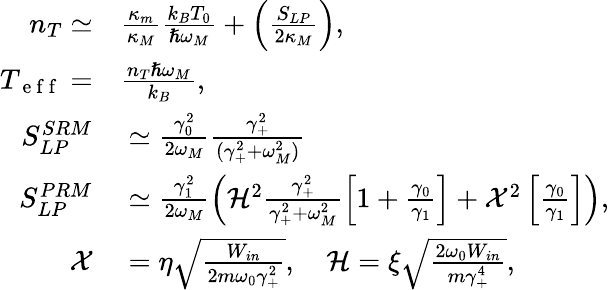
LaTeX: \begin{array}{rl}{n_{T}\simeq}&{{}\frac{\kappa_{m}}{\kappa_{M}}\frac{k_{B}T_{0}}{\hslash\omega_{M}}+\left(\frac{S_{LP}}{2\kappa_{M}}\right),}\\ {T_{\mathrm{~e~f~f~}}=}&{{}\frac{n_{T}\hslash\omega_{M}}{k_{B}},}\\ {S_{LP}^{SRM}}&{{}\simeq\frac{\gamma_{0}^{2}}{2\omega_{M}}\frac{\gamma_{+}^{2}}{(\gamma_{+}^{2}+\omega_{M}^{2})}}\\ {S_{LP}^{PRM}}&{{}\simeq\frac{\gamma_{1}^{2}}{2\omega_{M}}\left(\mathcal{H}^{2}\frac{\gamma_{+}^{2}}{\gamma_{+}^{2}+\omega_{M}^{2}}\left[1+\frac{\gamma_{0}}{\gamma_{1}}\right]+\mathcal{X}^{2}\left[\frac{\gamma_{0}}{\gamma_{1}}\right]\right),}\\ {\mathcal{X}}&{{}=\eta\sqrt\frac{W_{in}}{2m\omega_{0}\gamma_{+}^{2}},\quad\mathcal{H}=\xi\sqrt\frac{2\omega_{0}W_{in}}{m\gamma_{+}^{4}},}\end{array}